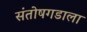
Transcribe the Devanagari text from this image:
संतोषगडाला